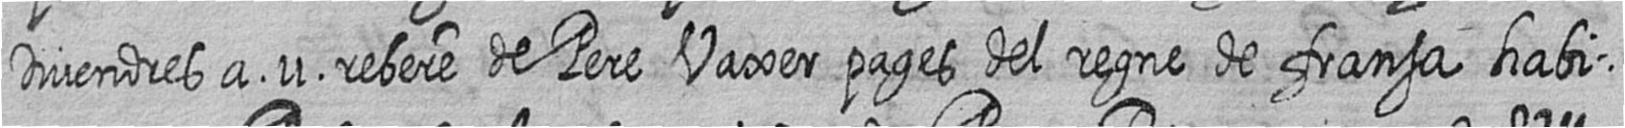
Divendres a 11 rebere de Pere Vaxer pages del regne de fransa habi=